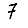
Digit: 7